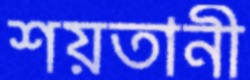
শয়তানী